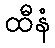
ထီနံ